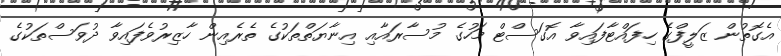
އެގޮތުން ޒަލީފްގެ ހިފައްޓާފައިވާ އޮގަސްޓް މަހުގެ މުސާރައާއި އިނާޔަތްތަކުގެ ތެރެއިން ހާޒިރުވެފައިވާ ދުވަސްތަކުގެ